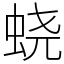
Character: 蛲